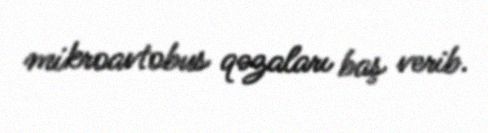
mikroavtobus qəzaları baş verib.